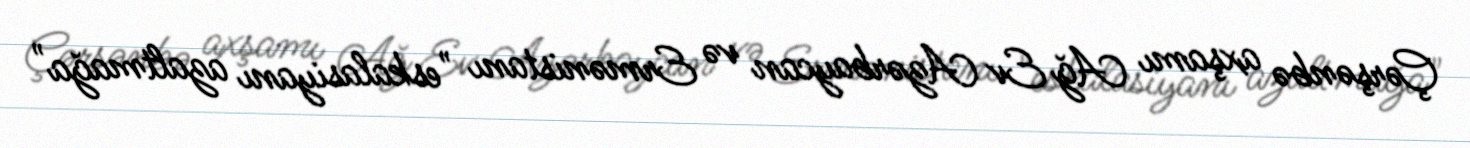
Çərşənbə axşamı Ağ Ev Azərbaycan və Ermənistanı "eskalasiyanı azaltmağa"